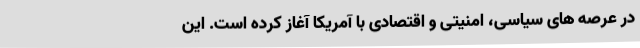
در عرصه های سیاسی، امنیتی و اقتصادی با آمریکا آغاز کرده است. این